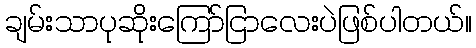
ချမ်းသာပုဆိုးကြော်ငြာလေးပဲဖြစ်ပါတယ်။